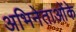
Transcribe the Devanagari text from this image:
अभिनेताओंके